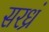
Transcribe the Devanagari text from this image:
सरध्रं